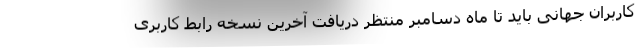
کاربران جهانی باید تا ماه دسامبر منتظر دریافت آخرین نسخه رابط کاربری